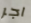
اجر